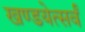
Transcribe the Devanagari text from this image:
खण्डयेत्सर्वं